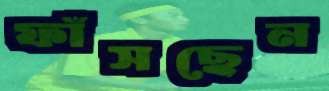
ফাঁসছেন